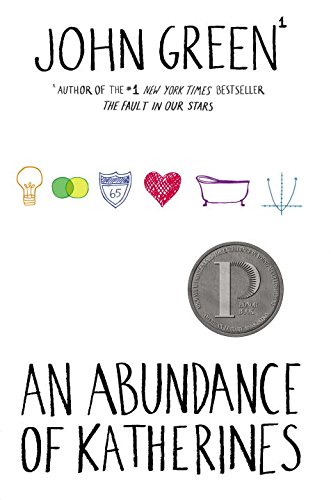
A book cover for An Abundance of Katherines; John Green; Teen & Young Adult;